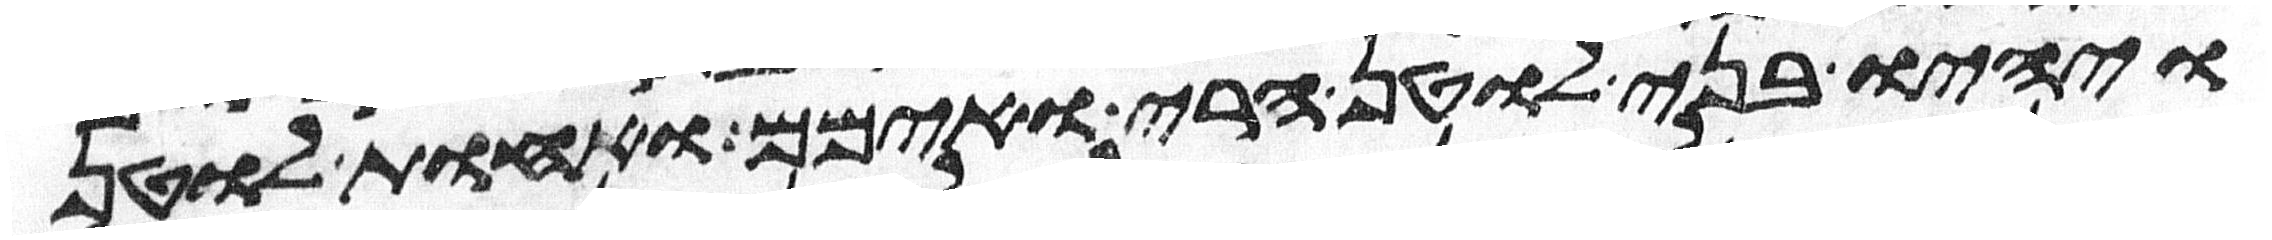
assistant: ויהיו בני לוטן חרי ואימם ואחות לוטן